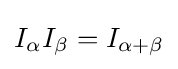
I_{\alpha }I_{\beta }=I_{\alpha +\beta }